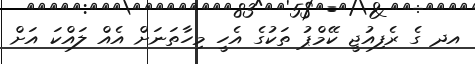
އދ ގެ ރެފިއުޖީ ކޭމްޕު ތަކުގެ އެހީ މިހާތަނަށް އެއް ލައްކަ އަށް